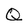
Character: Q